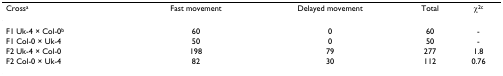
| Crossa | Fast movement | Delayed movement | Total | χ2c |
 | --- | --- | --- | --- | --- |
 | F1 Uk-4 × Col-0b | 60 | 0 | 60 | - |
 | F1 Col-0 × Uk-4 | 50 | 0 | 50 | - |
 | F2 Uk-4 × Col-0 | 198 | 79 | 277 | 1.8 |
 | F2 Col-0 × Uk-4 | 82 | 30 | 112 | 0.76 |